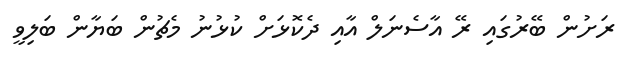
ރަށުން ބޭރުގައި ރޭ އާސެނަލް އާއިި ދެކޮޅަށް ކުޅުނު މެޗުން ބަޔާން ބަލިވީ